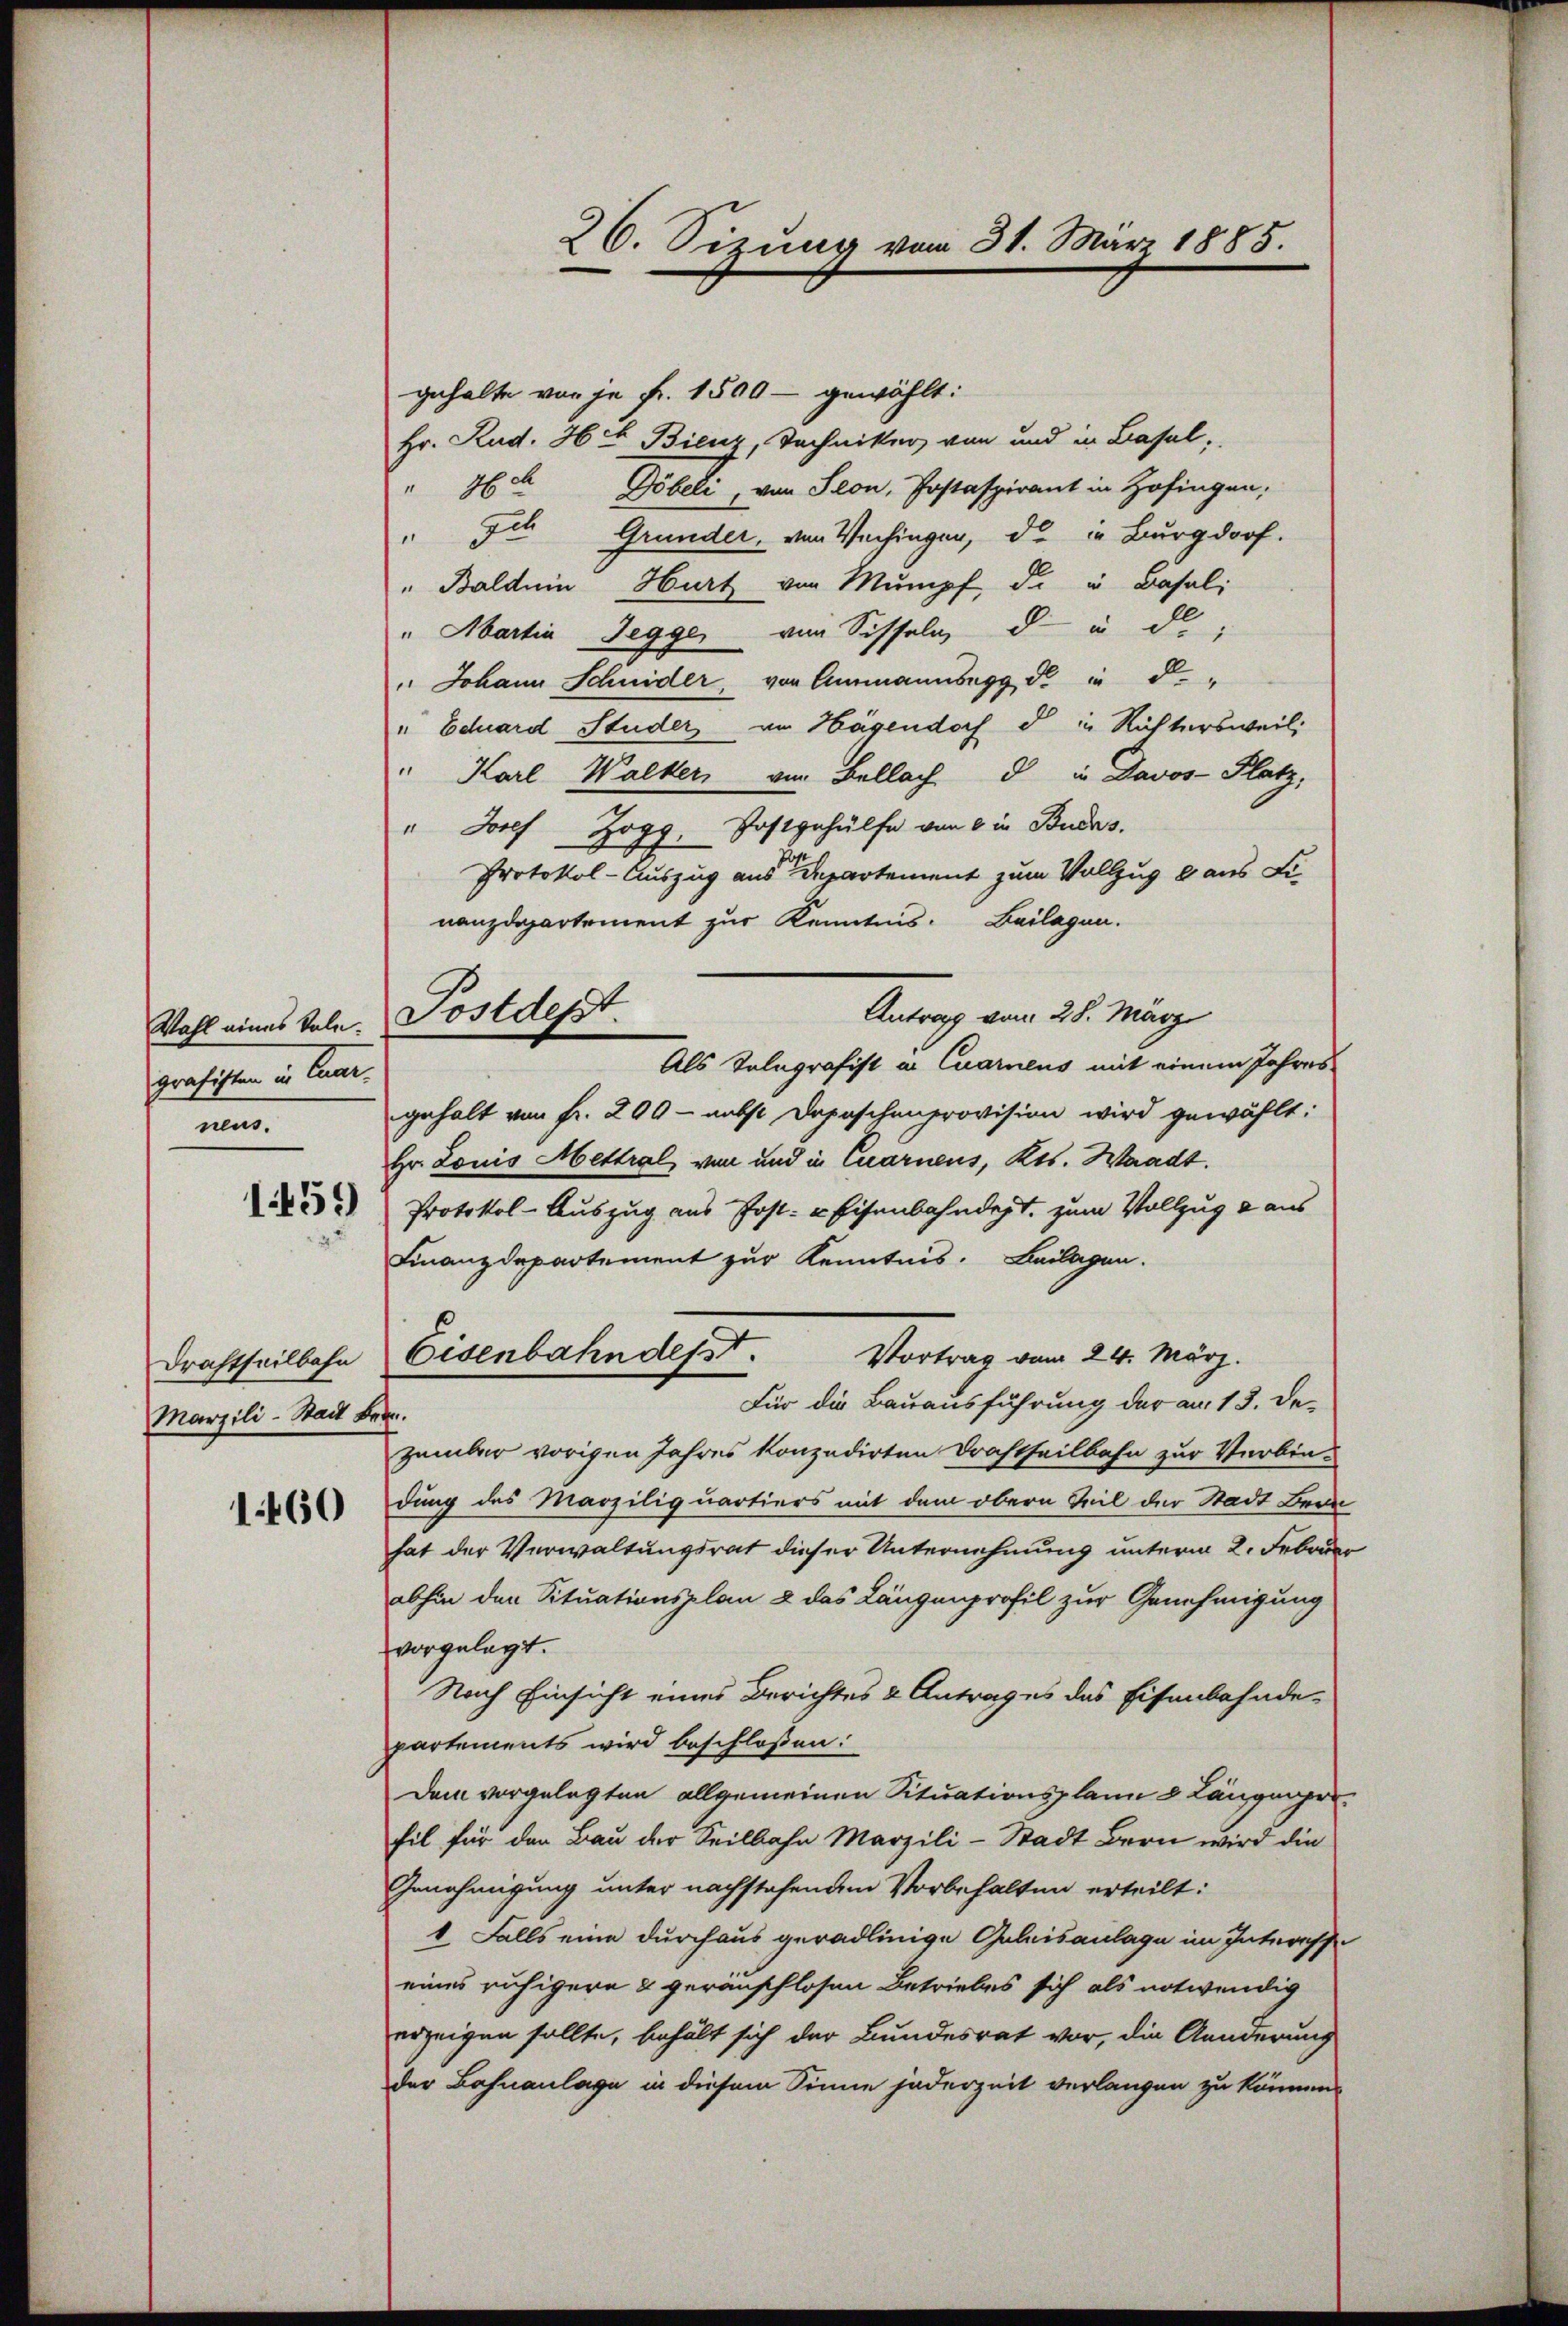
Wahl eines kale.
grafisten in tun.
neus.

1459

Drachtheilbahn
Marzili-Stadt Be

1460

gehalte von je Fr. 1500 - gewählt:
Hr. Rud. H. Bienz, Techniker von und in Basel,
36 Göbeli, von Seon, Postaspirant in Zofingen;
Fis Grunder, von Wachingen, du in Burgdorf.
" Baldein Hurt von Mumpf, die in Basali
" Abartin Jegger von Sisselnd in de
" Johann Schnider, von Ammannegg d. in d
" Eduard Studer am Hagendoch d in Richtersweil:
" Karl Walker, von Bellach d in Davos- Platz,
" Josef Zogg. Postgehülfe von 8 in Buchs.
Protokol-Auszug aus Departement zum Vollzug aus Finanzdepartement zur Kenntnis. Beilagen.
Antrag vom 28. März
Als Telegrafist in Quarnens mit einem Jahres
gehalt von fr. 200 - nebst Depeschenprovision wird gewählt:
Hr. Louis Mettral von und in Quarnens, Kts. Waadt.
Protokol-Auszug aus Post- u Eisenbahndet, zum Vollzug & aus
Finanzdepartement zur Kenntnis. Beilagen.
Eisenbahn desst.
Vortrag vom 24. März.
Für die Bauausführung der am 13. Det
zember vorigen Jahres konzedirten Drachtheilbahn zur Verbin-
dung des Marziliquartiers mit dem obern Teil der Stadt Bern
hat der Verwaltungsrat dieser Unternehmung unterm 2. Februar
abhin den Situationsplan & das Längenprofil zur Genehmigung
vorgelegt.
Nach Einsicht eines Berichtes & Antrages das Eisenbahnde-
partements wird beschloßen:
Dem vorgelegten allgemeinen Situationsplane 8 Längengerfil für der Bau der Seilbahn Marzili-Stadt Bern wird die
Genehmigung unter nachstehendem Vorbehalten erteilt:
1. Falls eine durchaus geradlinige Gulaisanlage im Interesse
eines ruhigern & geranschlosen Betriebes sich als notwendig
erzeigen sollte, behält sich der Bundesrat vor, die Aenderung
der Bahnanlage in diesem Sinne jederzeit verlangen zu können.

Postdept.

26. Sizung vom 31. März 1885.